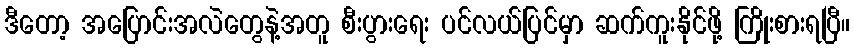
ဒီတော့ အပြောင်းအလဲတွေနဲ့အတူ စီးပွားရေး ပင်လယ်ပြင်မှာ ဆက်ကူးနိုင်ဖို့ ကြိုးစားရပြီ။